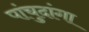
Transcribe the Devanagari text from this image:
पांचुदांगा